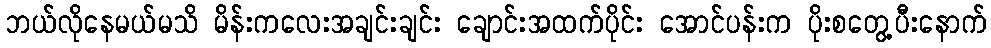
ဘယ်လိုနေမယ်မသိ မိန်းကလေးအချင်းချင်း ချောင်းအထက်ပိုင်း အောင်ပန်းက ပိုးစတွေ့ပီးနောက်